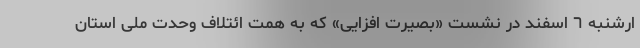
ارشنبه ٦ اسفند در نشست «بصیرت افزایی» که به همت ائتلاف وحدت ملی استان